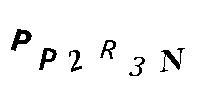
PP2R3N